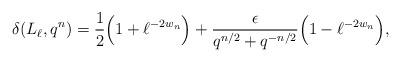
LaTeX: \begin{align*} \delta(L_\ell,q^n) = \frac{1}{2}\Big(1 + \ell^{-2w_n}\Big) + \frac{\epsilon}{q^{n/2} + q^{-n/2}}\Big(1 - \ell^{-2w_n}\Big),\end{align*}